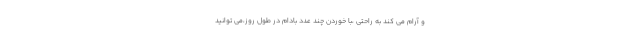
و آرام می کند به راحتی ،با خوردن چند عدد بادام در طول روز،می توانید